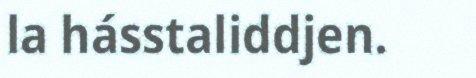
la hásstaliddjen.